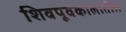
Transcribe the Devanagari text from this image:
शिवपूर्वकालातील